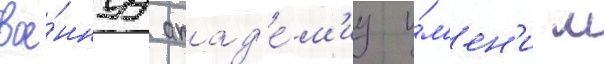
вое́ннуу акад'е́м'иу и́м'ен'и м